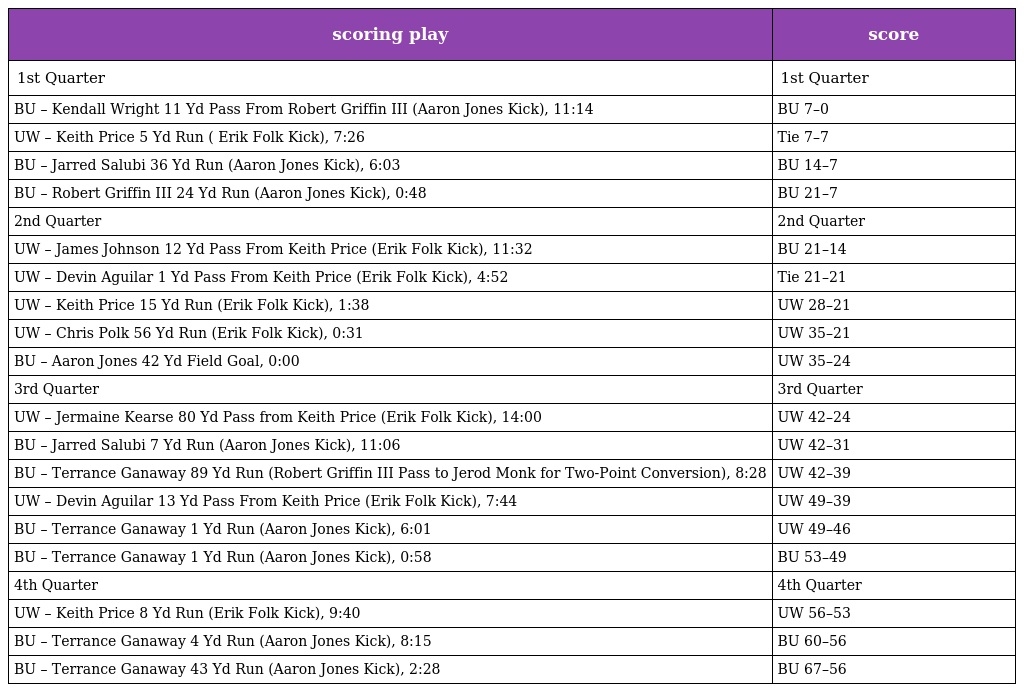
| scoring play | score |
 | --- | --- |
 | 1st Quarter | 1st Quarter |
 | BU – Kendall Wright 11 Yd Pass From Robert Griffin III (Aaron Jones Kick), 11:14 | BU 7–0 |
 | UW – Keith Price 5 Yd Run ( Erik Folk Kick), 7:26 | Tie 7–7 |
 | BU – Jarred Salubi 36 Yd Run (Aaron Jones Kick), 6:03 | BU 14–7 |
 | BU – Robert Griffin III 24 Yd Run (Aaron Jones Kick), 0:48 | BU 21–7 |
 | 2nd Quarter | 2nd Quarter |
 | UW – James Johnson 12 Yd Pass From Keith Price (Erik Folk Kick), 11:32 | BU 21–14 |
 | UW – Devin Aguilar 1 Yd Pass From Keith Price (Erik Folk Kick), 4:52 | Tie 21–21 |
 | UW – Keith Price 15 Yd Run (Erik Folk Kick), 1:38 | UW 28–21 |
 | UW – Chris Polk 56 Yd Run (Erik Folk Kick), 0:31 | UW 35–21 |
 | BU – Aaron Jones 42 Yd Field Goal, 0:00 | UW 35–24 |
 | 3rd Quarter | 3rd Quarter |
 | UW – Jermaine Kearse 80 Yd Pass from Keith Price (Erik Folk Kick), 14:00 | UW 42–24 |
 | BU – Jarred Salubi 7 Yd Run (Aaron Jones Kick), 11:06 | UW 42–31 |
 | BU – Terrance Ganaway 89 Yd Run (Robert Griffin III Pass to Jerod Monk for Two-Point Conversion), 8:28 | UW 42–39 |
 | UW – Devin Aguilar 13 Yd Pass From Keith Price (Erik Folk Kick), 7:44 | UW 49–39 |
 | BU – Terrance Ganaway 1 Yd Run (Aaron Jones Kick), 6:01 | UW 49–46 |
 | BU – Terrance Ganaway 1 Yd Run (Aaron Jones Kick), 0:58 | BU 53–49 |
 | 4th Quarter | 4th Quarter |
 | UW – Keith Price 8 Yd Run (Erik Folk Kick), 9:40 | UW 56–53 |
 | BU – Terrance Ganaway 4 Yd Run (Aaron Jones Kick), 8:15 | BU 60–56 |
 | BU – Terrance Ganaway 43 Yd Run (Aaron Jones Kick), 2:28 | BU 67–56 |